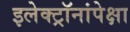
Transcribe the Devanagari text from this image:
इलेक्ट्रॉनांपेक्षा